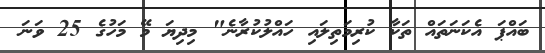
ބައްޕަ އެކަނަތައް ތަކާ ކުރިމަތިލައި ހައްލުކުރާނެ" މިދިޔަ މޭ މަހުގެ 25 ވަނަ